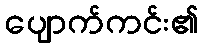
ပျောက်ကင်း၏